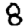
Digit: 8